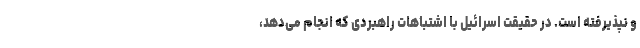
و نپذیرفته است. در حقیقت اسرائیل با اشتباهات راهبردی که انجام می‌دهد،